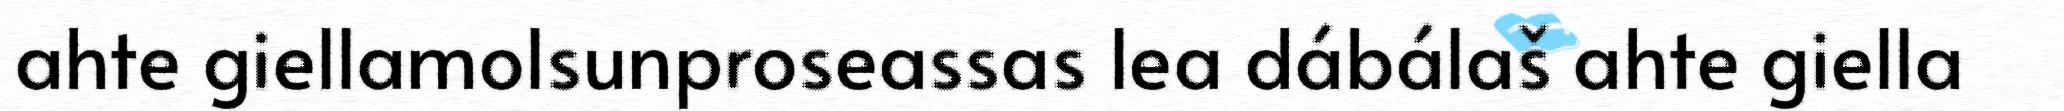
ahte giellamolsunproseassas lea dábálaš ahte giella